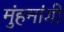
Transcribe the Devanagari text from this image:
मुंहमांगी